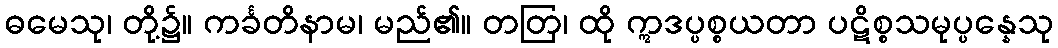
ဓမေသု၊ တို့၌။ ကင်္ခတိနာမ၊ မည်၏။ တတြ၊ ထို ဣဒပ္ပစ္စယတာ ပဋိစ္စသမုပ္ပန္နေသု